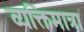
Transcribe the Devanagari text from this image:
व्यक्तिमात्रा